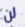
لن